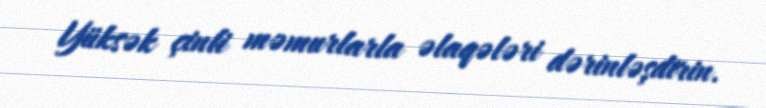
Yüksək çinli məmurlarla əlaqələri dərinləşdirin.